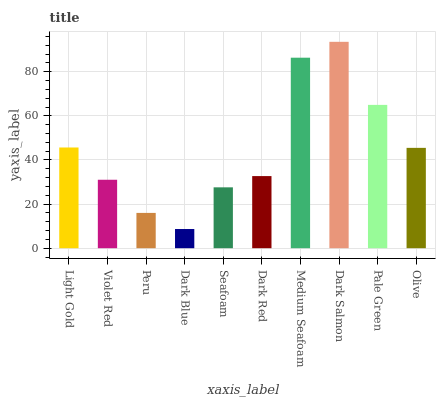
| xaxis_label | bars |
 | --- | --- |
 | Light Gold | 45.7 |
 | Violet Red | 31 |
 | Peru | 16 |
 | Dark Blue | 8.7 |
 | Seafoam | 27.6 |
 | Dark Red | 32.7 |
 | Medium Seafoam | 86.4 |
 | Dark Salmon | 93.6 |
 | Pale Green | 65 |
 | Olive | 45.5 |